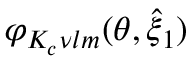
\varphi _ { K _ { c } \nu l m } ( \theta , \hat { { \xi } } _ { 1 } )